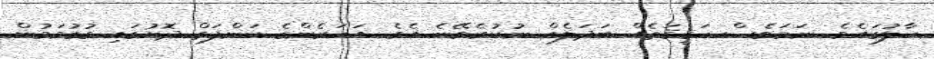
ހާލުގައެވެ. ނަމަވެސް ހަޤީޤަތެއް ބަދަލެއް ނުކުރެވޭނެ އެވެ. އަހަރެންގެ ކަންފަތް ދޮށުގައި ގުގުމަމުން